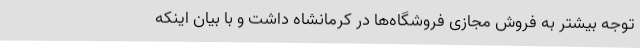
توجه بیشتر به فروش مجازی فروشگاه‌ها در کرمانشاه داشت و با بیان اینکه